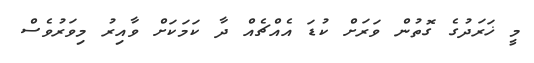
މީ ޚަރަދުގެ ގޮތުން ވަރަށް ކުޑަ އެއްޗެއް ދާ ކަމަކަށް ވާއިރު މިވަރުވެސް